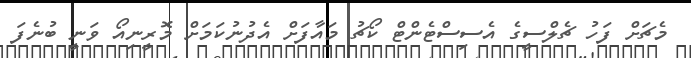
މެޗަށް ފަހު ޗެލްސީގެ އެސިސްޓެންޓް ކޯޗު މައާފަށް އެދުނުކަމަށް މޮރީނިއޯ ވަނީ ބުނެފަ